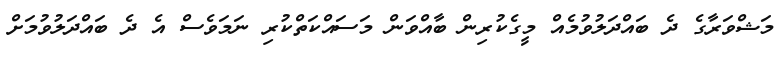
މަޝްވަރާގެ ދެ ބައްދަލުވުމެއް މީގެކުރިން ބާއްވަން މަސައްކަތްކުރި ނަމަވެސް އެ ދެ ބައްދަލުވުމަށް